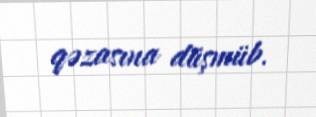
qəzasına düşmüb.